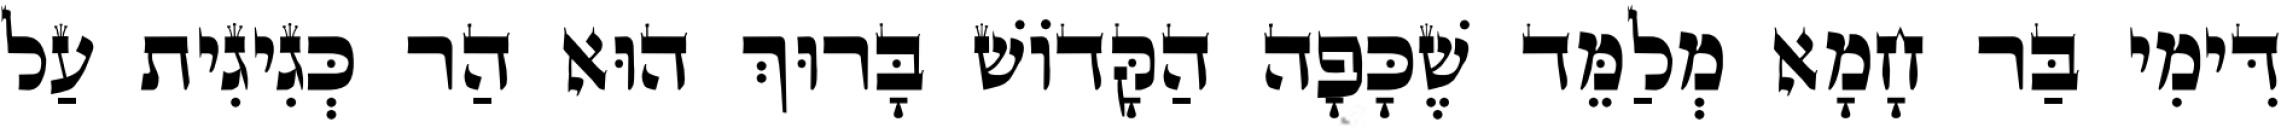
דִּימִי בַּר חָמָא מְלַמֵּד שֶׁכָּפָה הַקָּדוֹשׁ בָּרוּךְ הוּא הַר כְּגִיגִית עַל